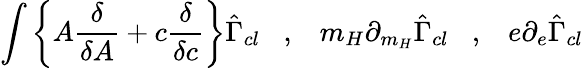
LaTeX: \int\left\{ A\frac{\delta}{\delta A}+c\frac{\delta}{\delta c}\right\} \hat{\Gamma}_{cl}\; \; \; ,\; \; \; m_{H}\partial_{m_{H}}\hat{\Gamma}_{cl}\; \; \; ,\; \; \; e\partial_{e}\hat{\Gamma}_{cl}